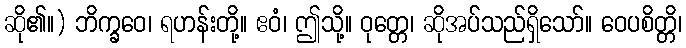
ဆို၏။) ဘိက္ခဝေ၊ ရဟန်းတို့။ ဧဝံ၊ ဤသို့။ ဝုတ္တေ၊ ဆိုအပ်သည်ရှိသော်။ ဝေပစိတ္တိ၊